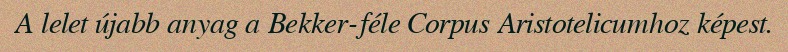
A lelet újabb anyag a Bekker-féle Corpus Aristotelicumhoz képest.